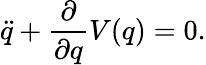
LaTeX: \ddot{q}+\frac{\partial}{\partial q}V(q)=0.